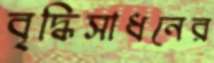
বৃদ্ধিসাধনের